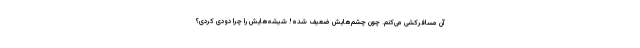
آن مسافرکشی می‌کنم. چون چشم‌هایش ضعیف شده! شیشه‌هایش را چرا دودی کردی؟